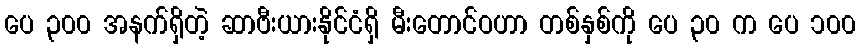
ပေ ၃၀၀ အနက်ရှိတဲ့ ဆာဗီးယားနိုင်ငံရှိ မီးတောင်ဝဟာ တစ်နှစ်ကို ပေ ၃၀ က ပေ ၁၀၀